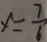
x = \frac { 7 } { 6 }